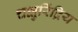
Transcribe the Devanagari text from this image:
चक्षुरिंद्रिय